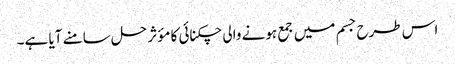
اس طرح جسم میں جمع ہونے والی چکنائی کا مؤثر حل سامنے آیا ہے۔